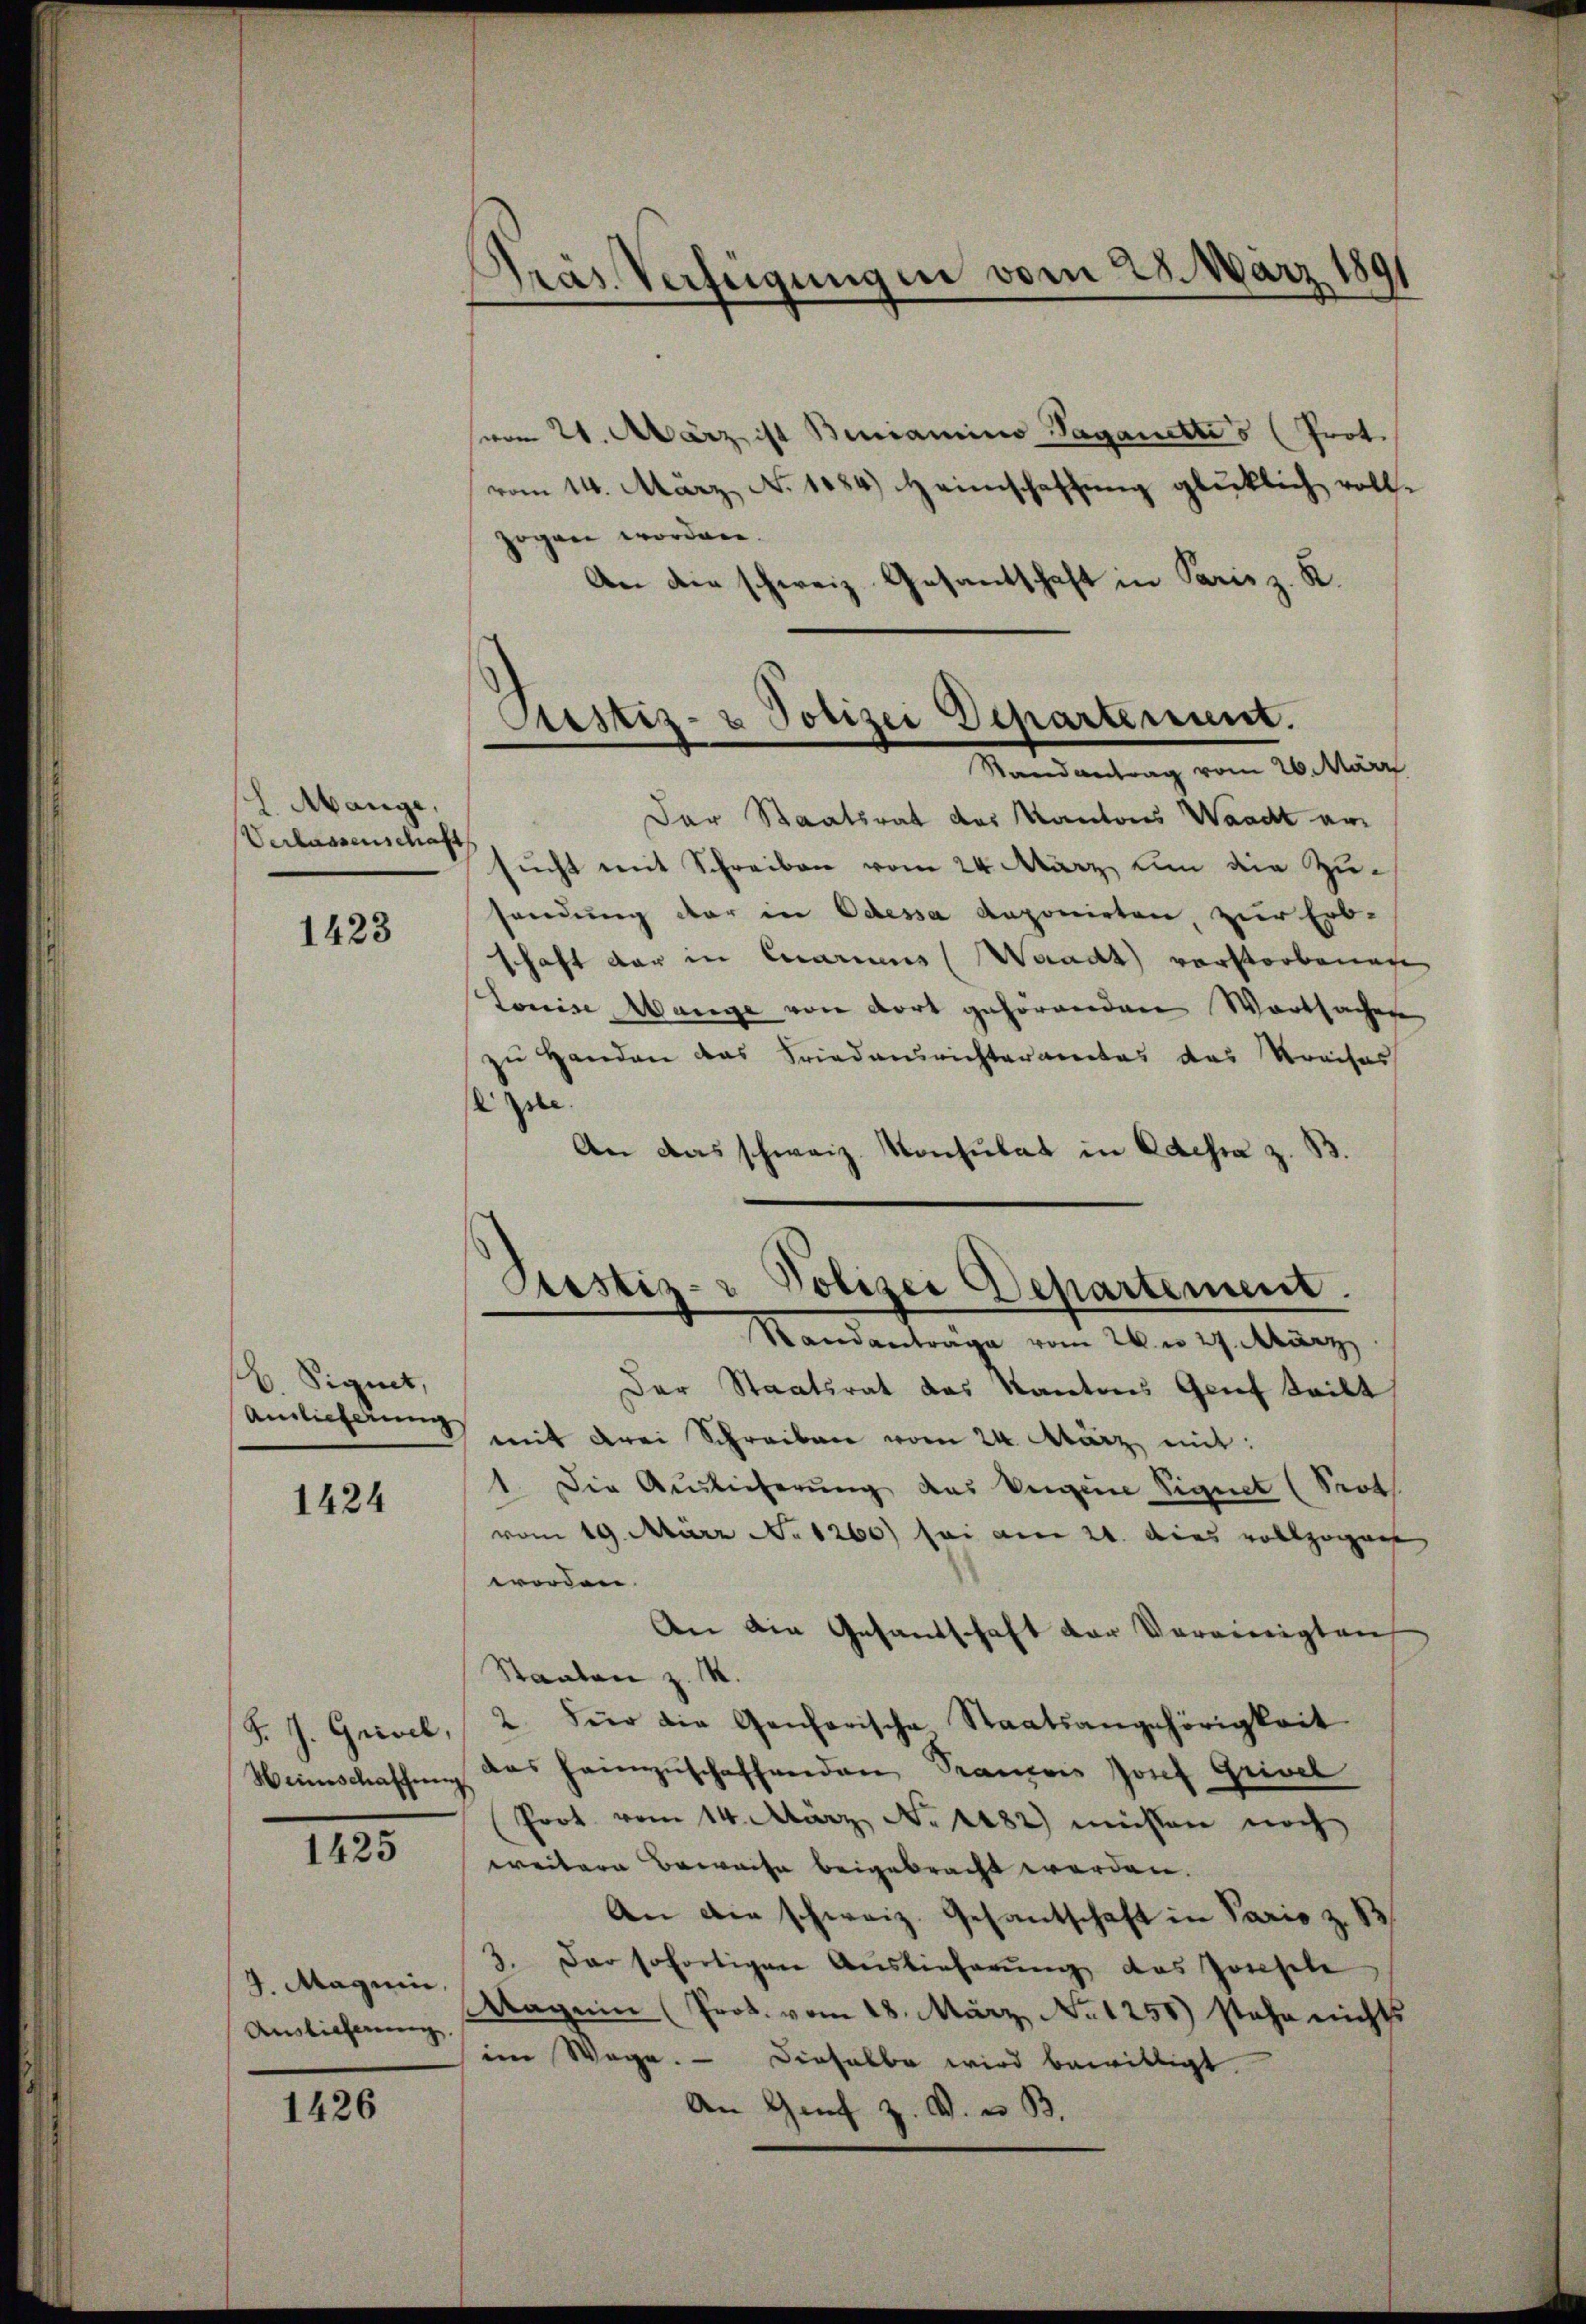
L. Mange,
Verlassenschaft

1423

B. Signet,
Anlicherung

1424

e
F. J. Grivil,
Weinschaffung

1425

9. Magnin,
Auslieferung

1426

serm 21. März ist Benjamino Saganettes (Prot.
vom 14. März, No 1084.) Heinschaffung glücklich vollzogen worden.
An die schweiz. Gesantschaft in Paris z. K.

.
Pras. Verfügungen vom 28. März 1891

Justiz- & Polizei Departement.
Mandantung vom 20. März

Der Staatsrat des Kantons Waadt am
sucht mit Schreiben vom 24. März, um die Zusendung der in Odessa Aeponirten zur Erb-
schaft der in Quarius (Waadt) vorstorbenen
Louise, Wange von dort gehörenden Wartsachen
zŭ Handen das Friedensrichteramtes des Kreises
e
An das schweiz. Konsulat in Odessa z. B.
Der Staatsrat das Kantons Genf teilt
mit drei Schreiben vom 24. März mit:
1. Die Auslieferung des Verein Signet (Prot
vom 19. März No 1260) sei am 21. dies vollzogen
worden.
An die Gesandschaft der Vereinigten
Staaten z. M.
2. Für die Genferische Staatsangehörigkeit
das heimzuschaffenden Francois Josef Grivel
Prot. vom 14. März No. 1882) müßen noch
weitere Beweise beigebracht werden.
An die schweiz. Gesantschaft in Paris z. B
3. Der sofortigen Auslieferŭng das Zinsele
Mag ein (Prok. vom 18. März, No 1250) stehe nichts
im Wege. — Dieselbe wird bewilligt.
An Genf z. B. u. B.

.
Prestis- Polizei Departement.
 Sandantrage vom 26. en 27. März